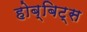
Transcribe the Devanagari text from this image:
होब्बिट्स